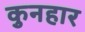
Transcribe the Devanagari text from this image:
कुनहार